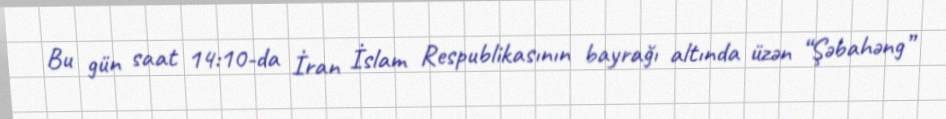
Bu gün saat 14:10-da İran İslam Respublikasının bayrağı altında üzən “Şəbahəng”